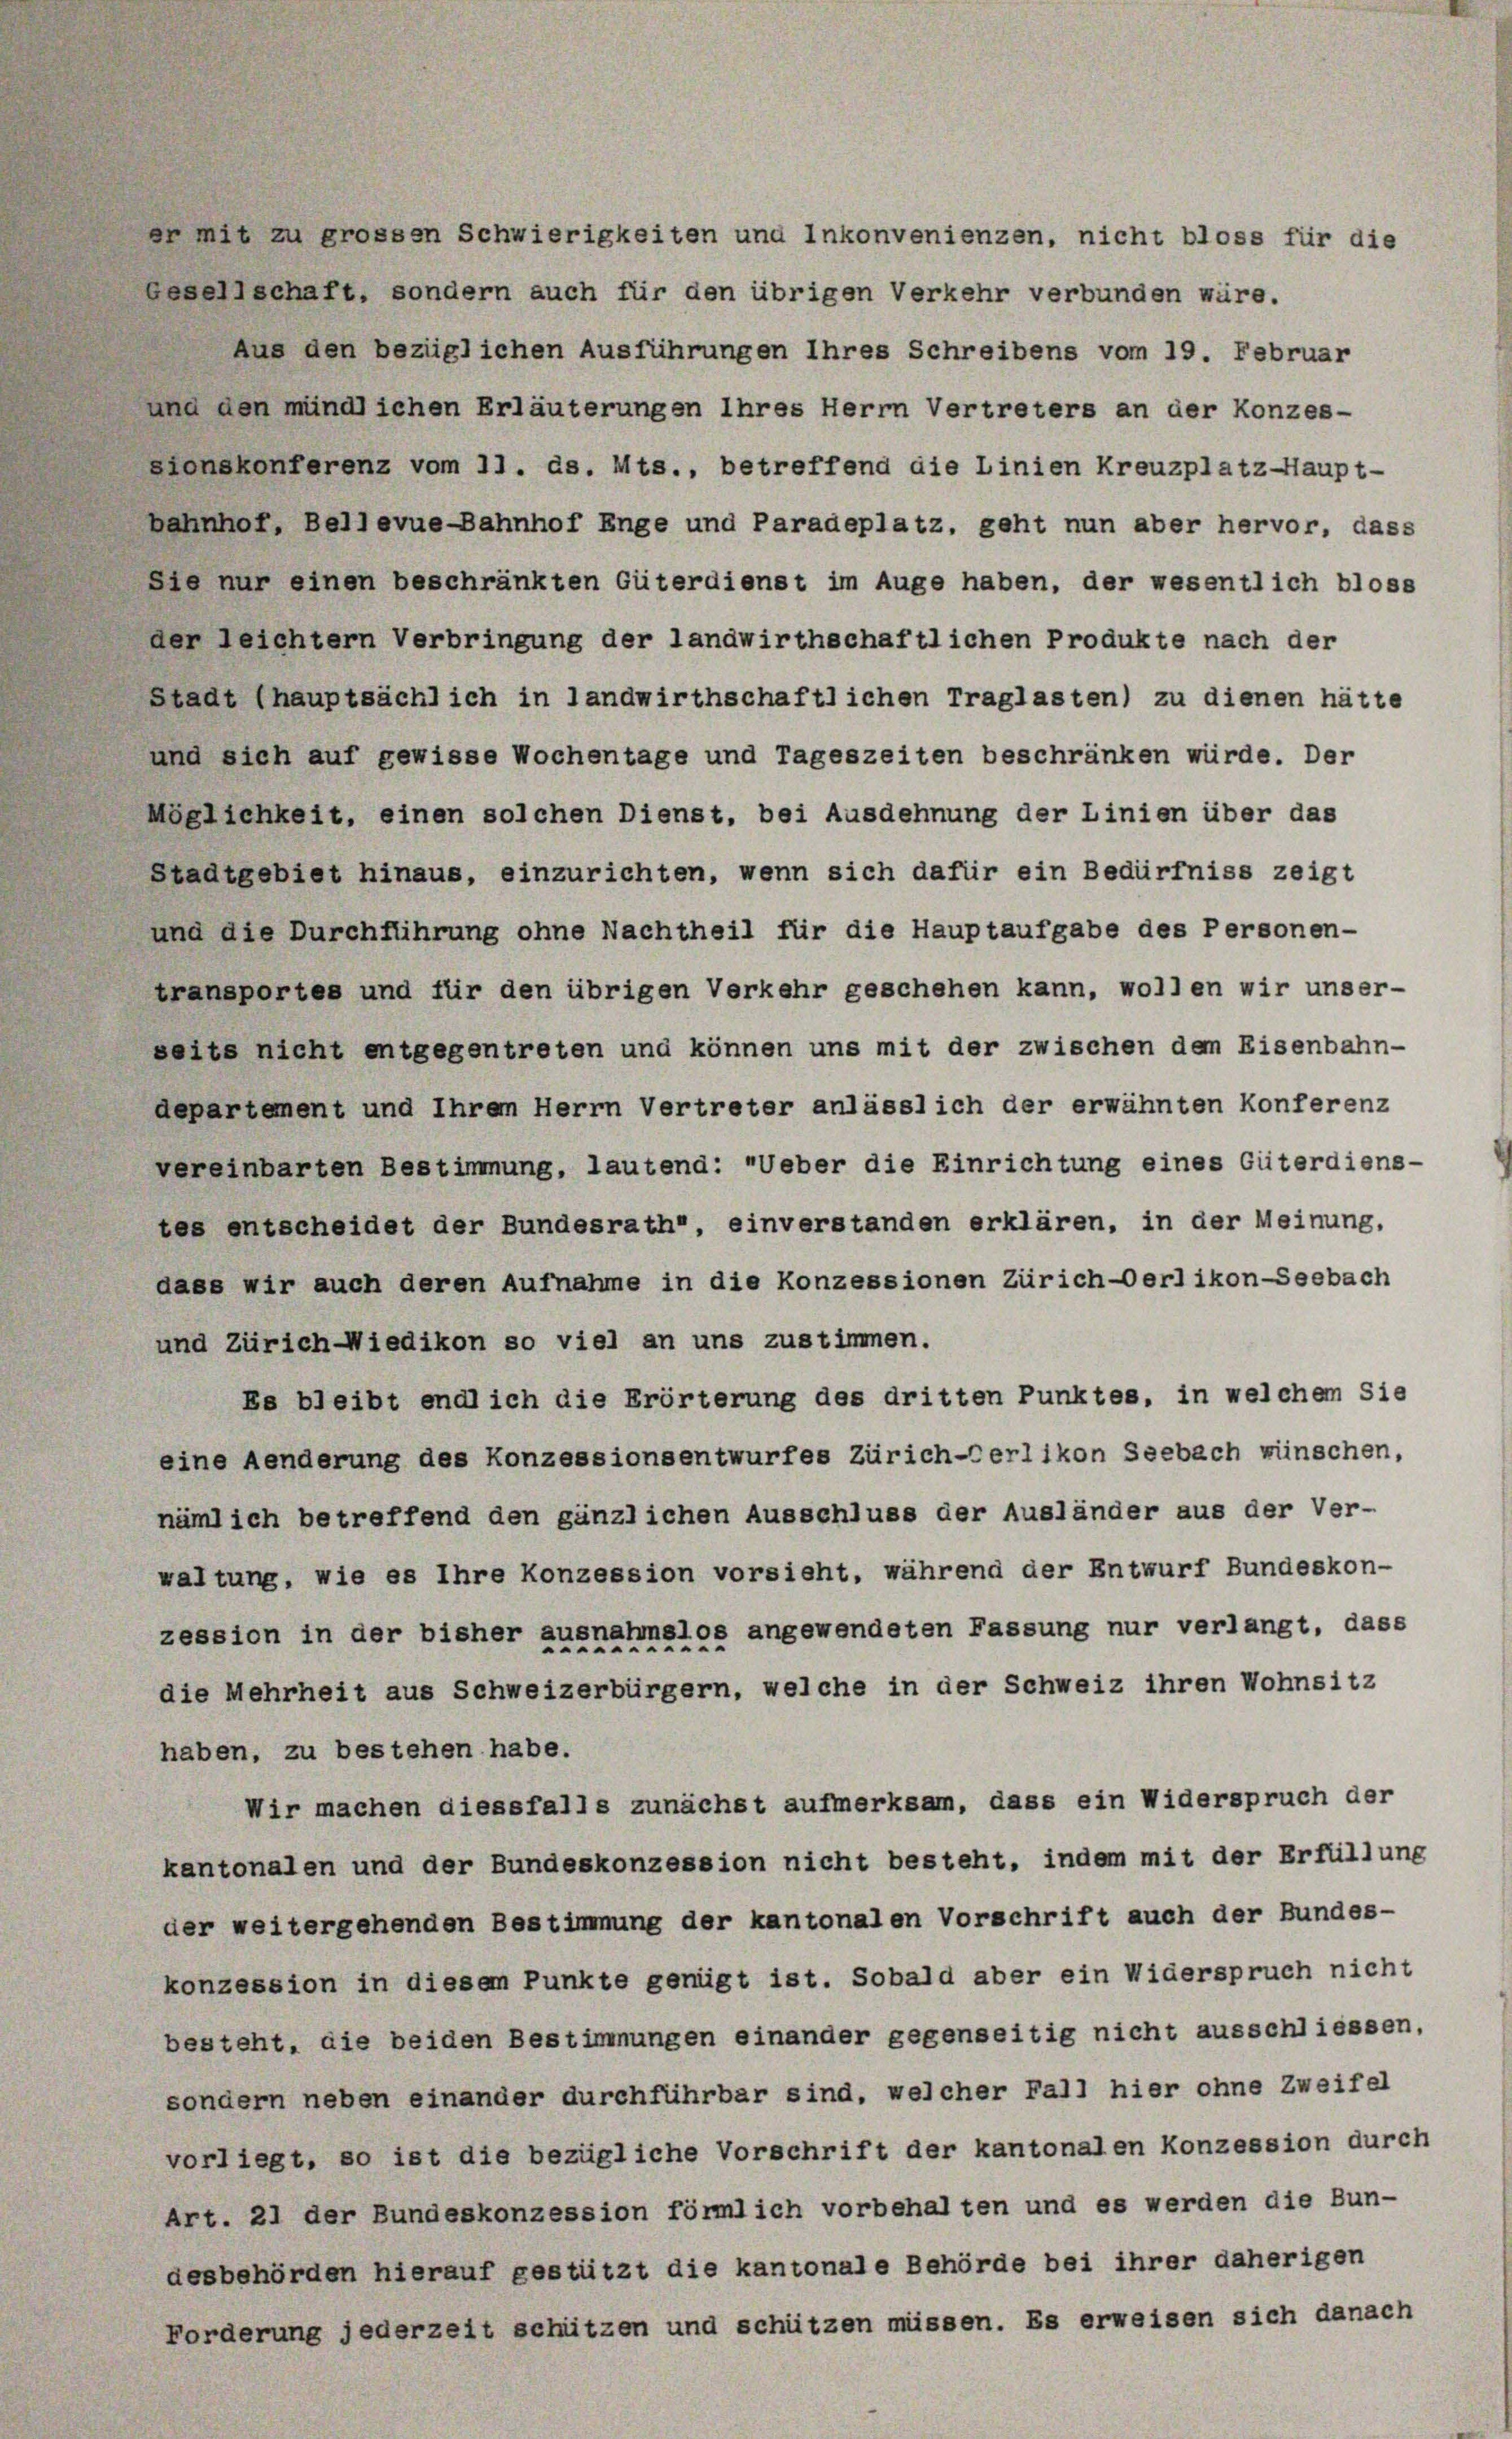
er mit zu grossen Schwierigkeiten und Inkonvenienzen, nicht bloss für die
Gesellschaft, sondern auch für den übrigen Verkehr verbunden würe.
Aus den bezüglichen Ausführungen Ihres Schreibens vom 19. Februar
und den mündlichen Erläuterungen Ihres Herrn Vertreters an der Konzes-
sionskonferenz vom 11. ds. Mts., betreffend die Linien Kreuzplatz-Haupt-
bahnhof, Bellevue-Bahnhof Enge und Paradeplatz, geht nun aber hervor, dass
Sie nur einen beschränkten Güterdienst im Auge haben, der wesentlich bloss
der leichtem Verbringung der landwirthschaftlichen Produkte nach der
Stadt (hauptsächlich in landwirthschaftlichen Traglasten) zu dienen hätte
und sich auf gewisse Wochentage und Tageszeiten beschränken würde. Der
Möglichkeit, einen solchen Dienst, bei Ausdehnung der Linien über das
Stadtgebiet hinaus, einzurichten, wenn sich dafür ein Bedürfniss zeigt
und die Durchführung ohne Nachtheil für die Hauptaufgabe des Personen-
transportes und für den übrigen Verkehr geschehen kann, wollen wir unser-
seits nicht entgegentreten und können uns mit der zwischen dem Eisenbahn-
departement und Ihrem Herrn Vertreter anlässlich der erwähnten Konferenz
vereinbarten Bestimmung, lautend: "Ueber die Einrichtung eines Güterdiens-
tes entscheidet der Bundesrath, einverstanden erklären, in der Meinung,
dass wir auch deren Aufnahme in die Konzessionen Zürich-Oerlikon-Seebach
und Zürich-Wiedikon so viel an uns zustimmen.
Es bleibt endlich die Erörterung des dritten Punktes, in welchem Sie
eine Aenderung des Konzessionsentwurfes Zürich-Oerlikon Seebach wünschen,
nämlich betreffend den gänzlichen Ausschluss der Ausländer aus der Ver-
waltung, wie es Ihre Konzession vorsieht, während der Entwurf Bundeskon-
zession in der bisher ausnahmslos angewendeten Fassung nur verlangt, dass
die Mehrheit aus Schweizerbürgern, welche in der Schweiz ihren Wohnsitz
haben, zu bestehen habe.
Wir machen diessfalls zunächst aufmerksam, dass ein Widerspruch der
kantonalen und der Bundeskonzession nicht besteht, indem mit der Erfüllung
der weitergehenden Bestimmung der kantonalen Vorschrift auch der Bundes-
konzession in diesem Punkte genügt ist. Sobald aber ein Widerspruch nicht
besteht, die beiden Bestimmungen einander gegenseitig nicht ausschliessen,
sondern neben einander durchführbar sind, welcher Fall hier ohne Zweifel
vorliegt, so ist die bezügliche Vorschrift der kantonalen Konzession durch
Art. 21 der Bundeskonzession förmlich vorbehalten und es werden die Bun-
desbehörden hierauf gestützt die kantonale Behörde bei ihrer daherigen
Forderung jederzeit schützen und schützen müssen. Es erweisen sich danach